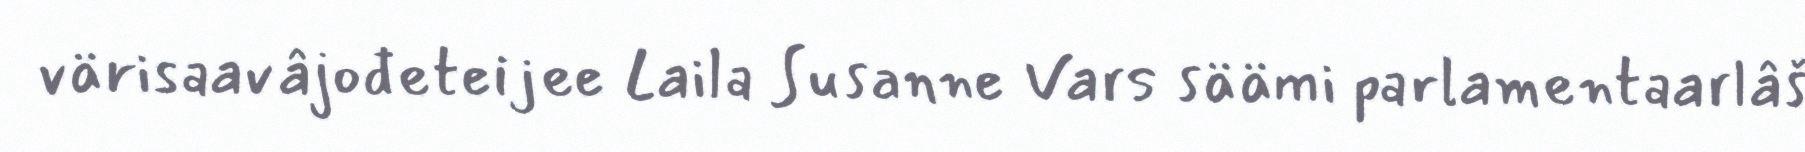
värisaavâjođeteijee Laila Susanne Vars säämi parlamentaarlâš